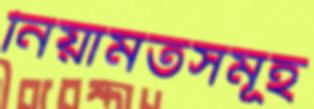
নিয়ামতসমূহ